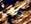
جنائي